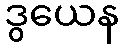
ဒွယေန